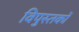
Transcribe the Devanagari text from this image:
विपुस्तकों